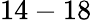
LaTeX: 14-18